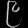
Digit: ၉